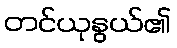
တင်ယုနွယ်၏